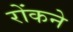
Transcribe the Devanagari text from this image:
रोंकने